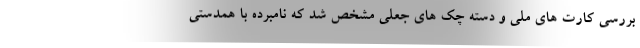
بررسی کارت های ملی و دسته چک های جعلی مشخص شد که نامبرده با همدستی